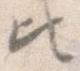
ひ